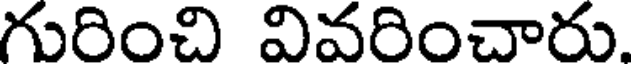
గురించి వివరించారు.